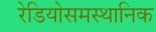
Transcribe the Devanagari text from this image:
रेडियोसमस्थानिक